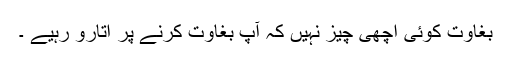
بغاوت کوئی اچھی چيز نہیں کہ آپ بغاوت کرنے پر اتارو رہیے ۔